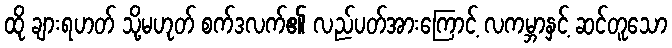
ထို ချားရဟတ် သို့မဟုတ် စက်ဒလက်၏ လည်ပတ်အားကြောင့် လကမ္ဘာနှင့် ဆင်တူသော